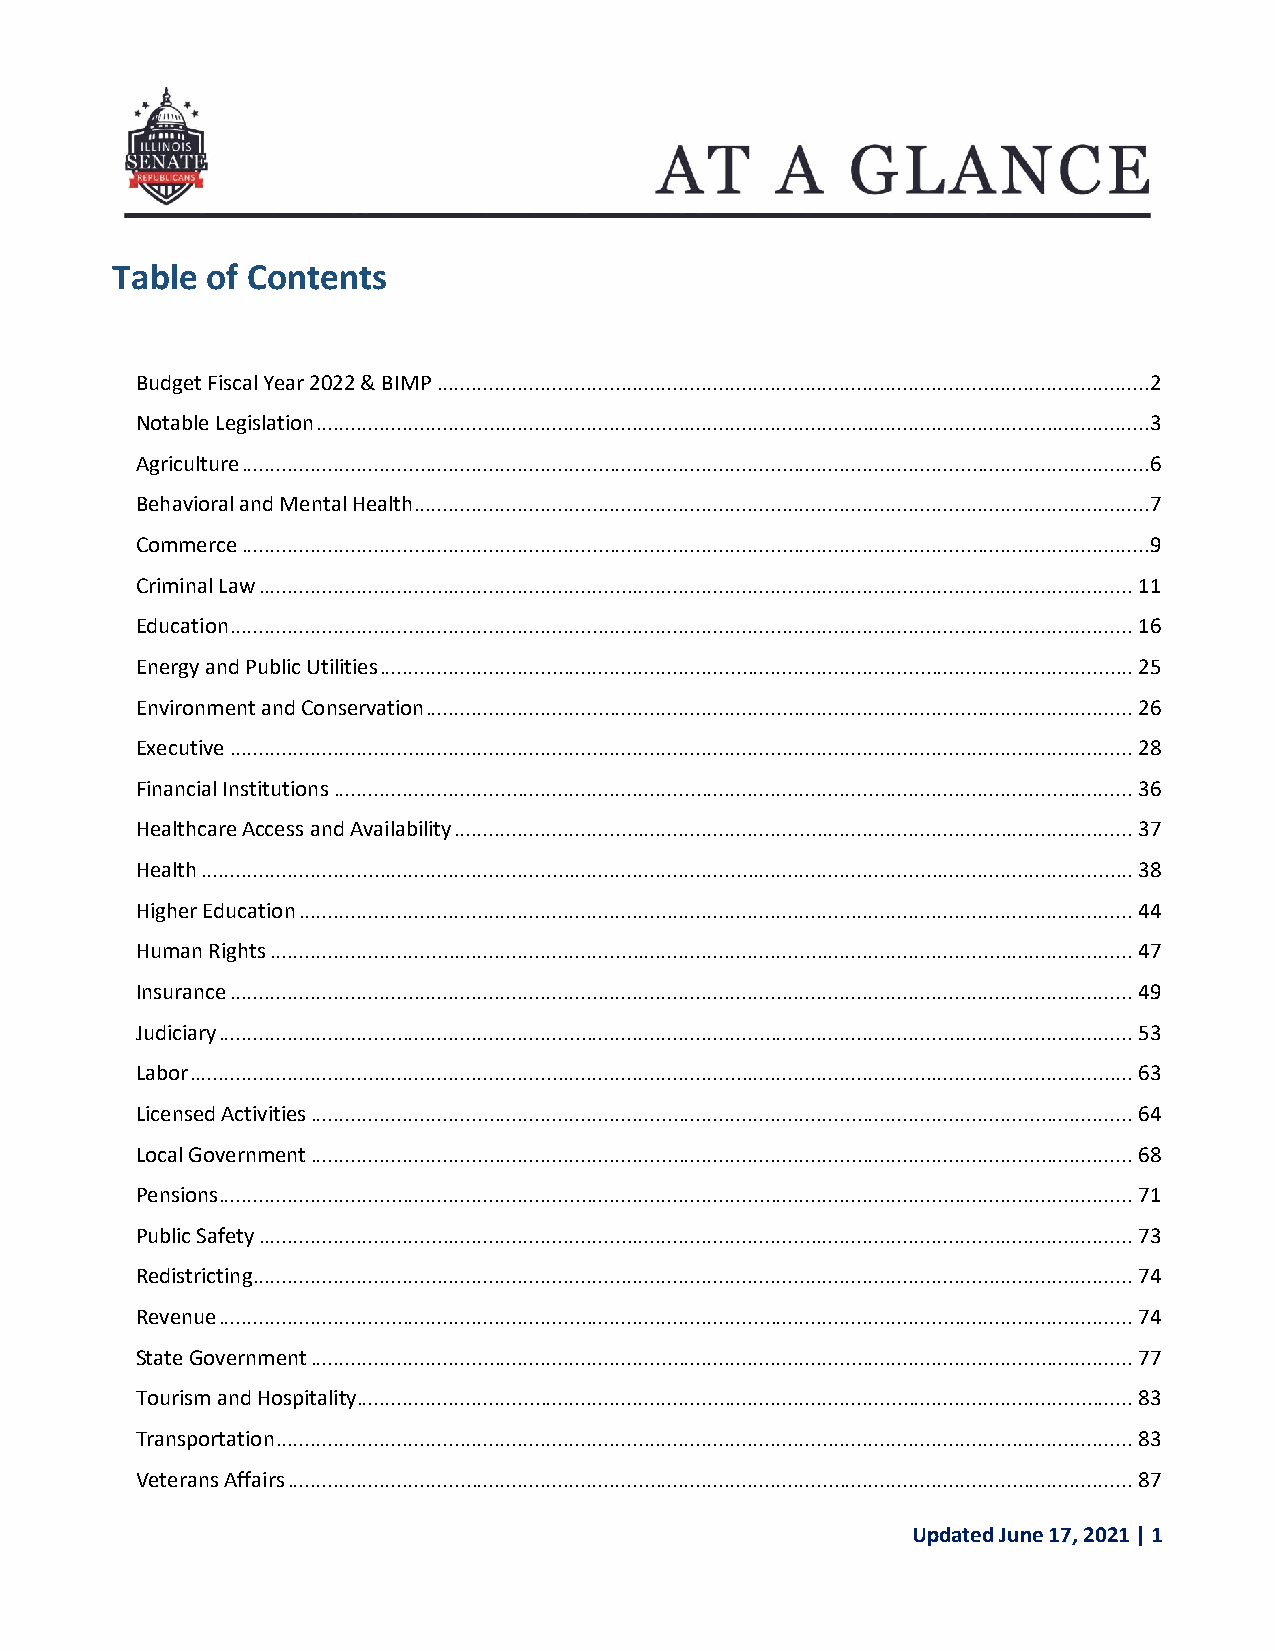
Table  of Contents
 Budget Fiscal Year 2022 & BIMP ............................................................................................................................2
 Notable Legislation .................................................................................................................................................3
 Agriculture ..............................................................................................................................................................6
 Behavioral and Mental Health ................................................................................................................................7
 Commerce ..............................................................................................................................................................9
 Criminal Law ........................................................................................................................................................ 11
 Education ............................................................................................................................................................. 16
 Energy and Public Utilities ................................................................................................................................... 25
 Environment and Conservation ........................................................................................................................... 26
 Executive ............................................................................................................................................................. 28
 Financial Institutions ........................................................................................................................................... 36
 Healthcare Access and Availability ...................................................................................................................... 37
 Health .................................................................................................................................................................. 38
 Higher Education ................................................................................................................................................. 44
 Human Rights ...................................................................................................................................................... 47
 Insurance ............................................................................................................................................................. 49
 Judiciary ............................................................................................................................................................... 53
 Labor .................................................................................................................................................................... 63
 Licensed Activities ............................................................................................................................................... 64
 Local Government ............................................................................................................................................... 68
 Pensions ............................................................................................................................................................... 71
 Public Safety ........................................................................................................................................................ 73
 Redistricting ......................................................................................................................................................... 74
 Revenue ............................................................................................................................................................... 74
 State Government ............................................................................................................................................... 77
 Tourism and Hospitality....................................................................................................................................... 83
 Transportation ..................................................................................................................................................... 83
 Veterans Affairs ................................................................................................................................................... 87
 Updated June 17, 2021 | 1